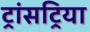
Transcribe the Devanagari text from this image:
ट्रांसट्रिया